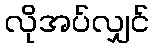
လိုအပ်လျှင်